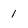
Character: 1